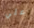
علي